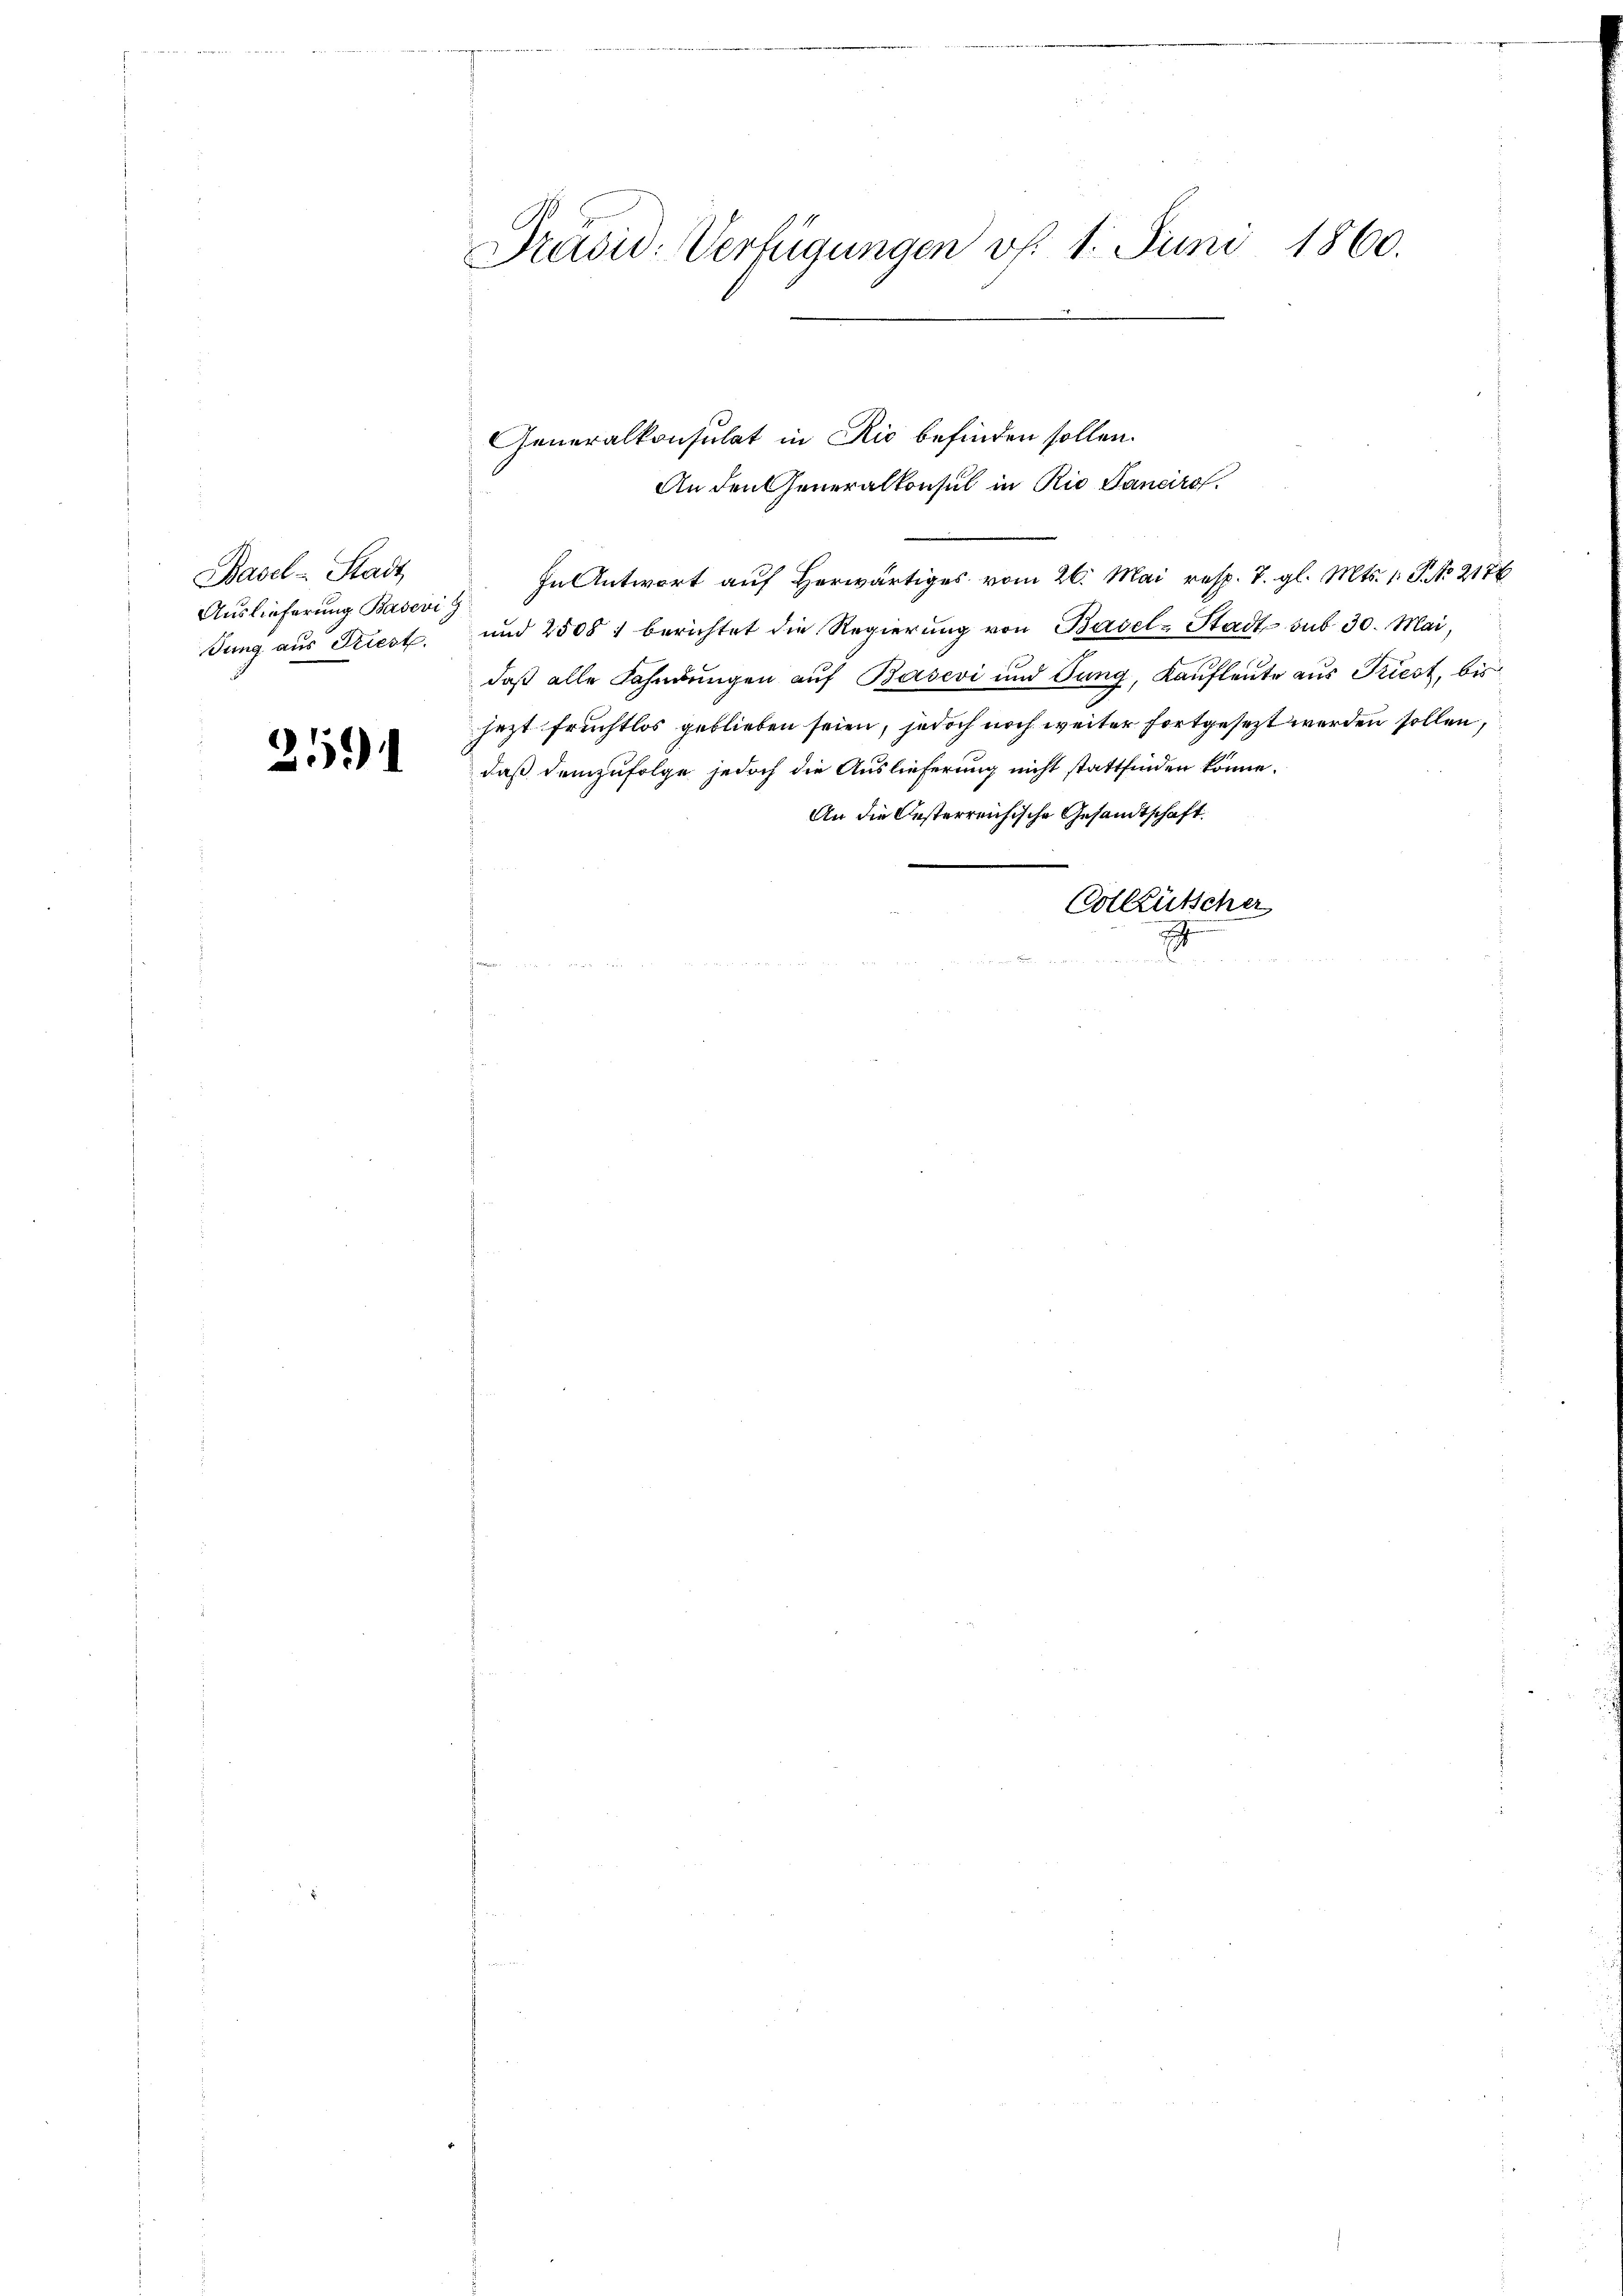
Basel-Stadt
Auslieferung Badevi
dung aus Priest.

25

Präsid-Verfügungen vf. 1. Juni 1860.

Generalkonsulat in Rio befinden sollen.
An den Generalkonsul in Rio Sancirol.
In Antwort auf Herwärtiges vom 26. Mai resp. 7. gl. Mts. 1. P. No 2176
und 2508 1 berichtet die Regierung von Basel-Stadt sub 30. Mai,
daß alle Fahndungen auf Basevi und Jung, Kaufleute aus Triest, bis
jezt fruchtlos geblieben seien, jedoch noch weiter fortgesezt werden sollen,
daß demzufolge jedoch die Auslieferung nicht stattfinden könne.
An die Oesterreichische Gesandtschaft
Colleütscher